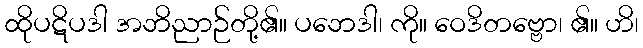
ထိုပဋိပဒါ အဘိညာဉ်တို့၏။ ပဘေဒါ၊ ကို။ ဝေဒိတဗ္ဗော၊ ၏။ ဟိ၊